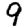
Digit: 9